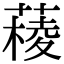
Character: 𦼊